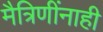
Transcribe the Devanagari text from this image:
मैत्रिणींनाही